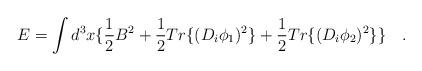
LaTeX: \begin{align*}E=\int d^3x \{ \frac{1}{2} B^2+ \frac{1}{2}Tr\{(D_i\phi_1)^2\}+ \frac{1}{2}Tr\{(D_i\phi_2)^2\} \} \quad.\end{align*}